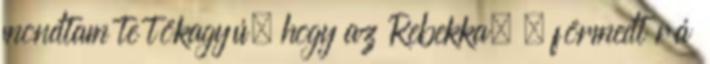
mondtam te tökagyú, hogy az Rebekka. – förmedt rá